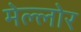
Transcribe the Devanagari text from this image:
मेल्लोर